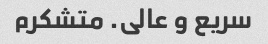
سریع و عالی. متشکرم